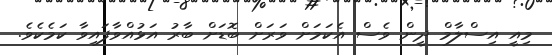
މިއީ އިސްލާމް ދީން ވެސް އެކަމަށް ވަރަށް ބޮޑަށް ބާރު އަޅުއްވާފައިވާ ކަމެކެވެ.